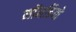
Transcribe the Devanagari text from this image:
मॉनडियो